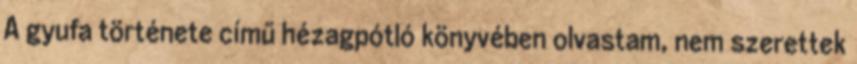
A gyufa története című hézagpótló könyvében olvastam, nem szerettek